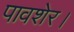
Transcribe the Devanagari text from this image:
पावशेर।